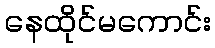
နေထိုင်မကောင်း